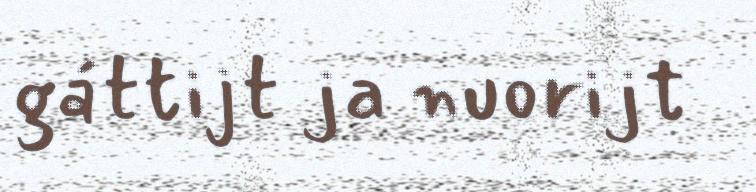
gáttijt ja nuorijt